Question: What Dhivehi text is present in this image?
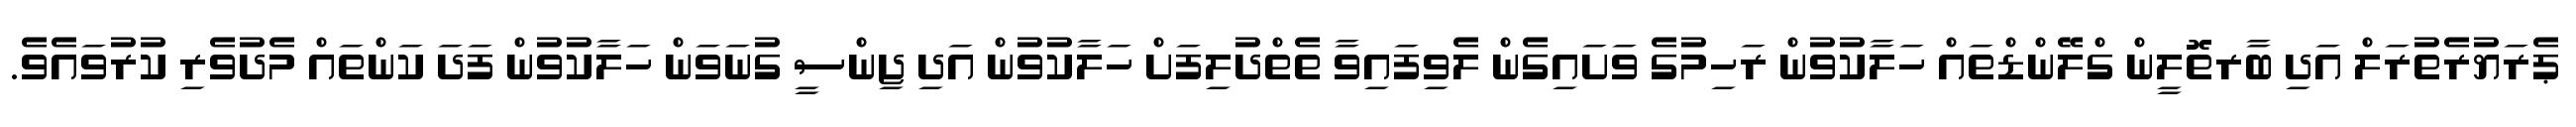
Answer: ޕެރަޔުރެތުރަލް އަދި ބާރތޮލީން ގްލޭންޑްތައް ހަލާކުވުން ރަހިމުގެ ވަށައިގެން ލެވިފައިވާ ތެތްދުލިފަށް ހަލާކުވުން އަދި ޖިންސީ ގުނަވަން ހަލާކުވުން ފަދަ ކަންތައް މެދުވެރި ކުރުވައެވެ.